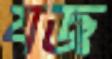
যজ্ঞ